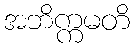
အဘိက္ကမတိ